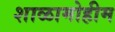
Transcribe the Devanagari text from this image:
शाळामोहीम